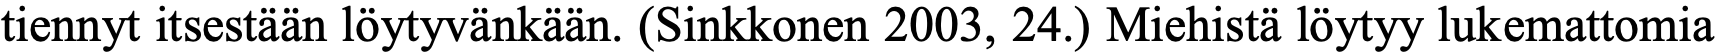
tiennyt itsestään löytyvänkään. (Sinkkonen 2003, 24.) Miehistä löytyy lukemattomia